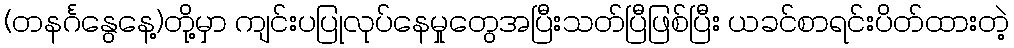
(တနင်္ဂနွေနေ့)တို့မှာ ကျင်းပပြုလုပ်နေမှုတွေအပြီးသတ်ပြီဖြစ်ပြီး ယခင်စာရင်းပိတ်ထားတဲ့